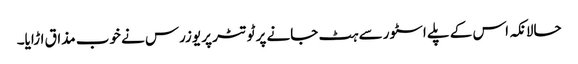
حالانکہ اس کے پلے اسٹور سے ہٹ جانے پر ٹوتٹر پر یوزرس نے خوب مذاق اڑایا۔